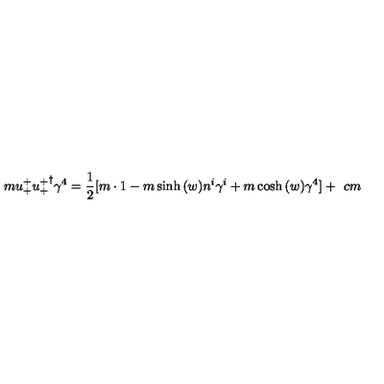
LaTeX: m u _ { + } ^ { + } { u _ { + } ^ { + } } ^ { \dagger } \gamma ^ { 4 } = \frac { 1 } { 2 } [ m \cdot 1 - m \sinh { ( w ) } n ^ { i } \gamma ^ { i } + m \cosh { ( w ) } \gamma ^ { 4 } ] + \hspace { 4 c m }